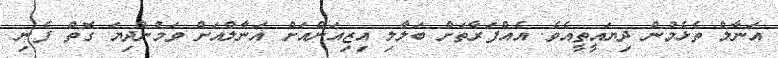
އަނާލް ތެޅެމުން ދިޔައީތީއެވެ. އެއްފަރާތަށް ބަލާލި އިޒިއަންއަށް އަނާލްއަށް ވަމުންދިޔަ ގޮތް ފެނި